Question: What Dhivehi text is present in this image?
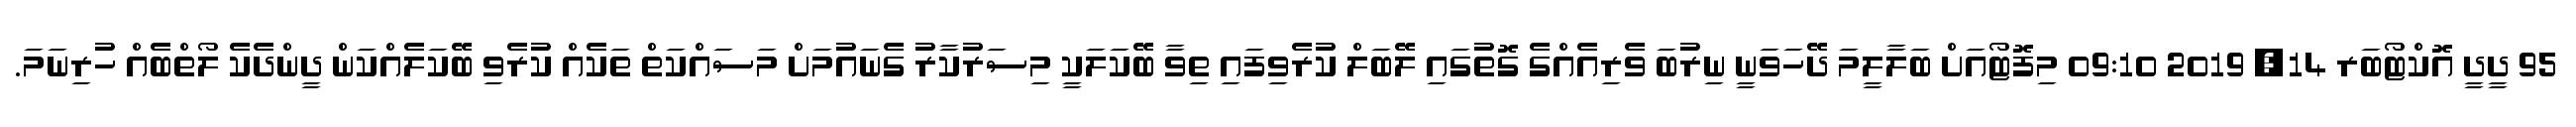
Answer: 95 ދީދީ އޮކްޓޯބަރ 14, 2019 09:10 މިފޮޓޯއަށް ބަލާލީމަ ދޭހަވަނީ ނިރުބަ ވެރިއެއްގެ ގޮތުގައި ލޭބަލް ކުރެވިފައި ތިވާ ބޭކަލަކީ މިސަރުކާރު ގެނައުމަށް މަސައްކަތް ތަކެއް ކުރެވި ބޭކަލެއްކަން ދީންދެކެ ލޯތްބެއް ހުރިނަމަ.